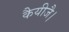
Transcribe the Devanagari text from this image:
कैयीजै।